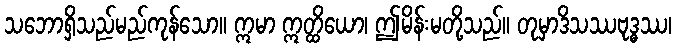
သဘောရှိသည်မည်ကုန်သော။ ဣမာ ဣတ္ထိယော၊ ဤမိန်းမတို့သည်။ တုမှာဒိသဿဗုဒ္ဓဿ၊